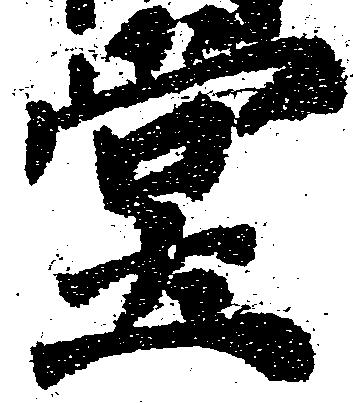
堂